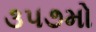
૩૫૭મો